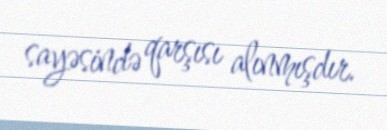
sayəsində qarşısı alınmışdır.